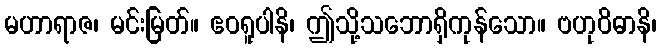
မဟာရာဇ၊ မင်းမြတ်။ ဧဝရူပါနိ၊ ဤသို့သဘောရှိကုန်သော။ ဗဟုဝိဓာနိ၊